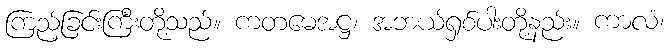
ကြည့်ခြင်းကြီးတို့သည်။ ကတမေအဋ္ဌ၊ အဘယ်ရှစ်ပါးတို့နည်း။ ကာလံ၊